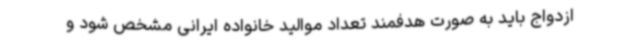
ازدواج باید به صورت هدفمند تعداد موالید خانواده ایرانی مشخص شود و